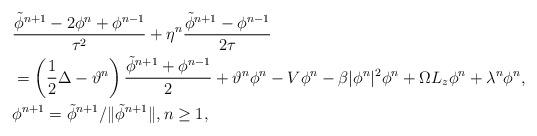
LaTeX: \begin{align*}&\frac{\tilde{\phi}^{n+1}-2\phi^n+\phi^{n-1}}{\tau^2}+\eta^n\frac{\tilde{\phi}^{n+1}-\phi^{n-1}}{2\tau} \\&= \left(\frac12\Delta-\vartheta^n\right)\frac{\tilde{\phi}^{n+1}+\phi^{n-1}}{2}+\vartheta^n\phi^n-V\phi^n-\beta|\phi^n|^2\phi^n+\Omega L_z\phi^n+\lambda^n\phi^n,\\& \phi^{n+1}= \tilde{\phi}^{n+1}/\|\tilde{\phi}^{n+1}\|, n\geq1,\end{align*}